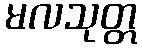
မလသုတ္တ